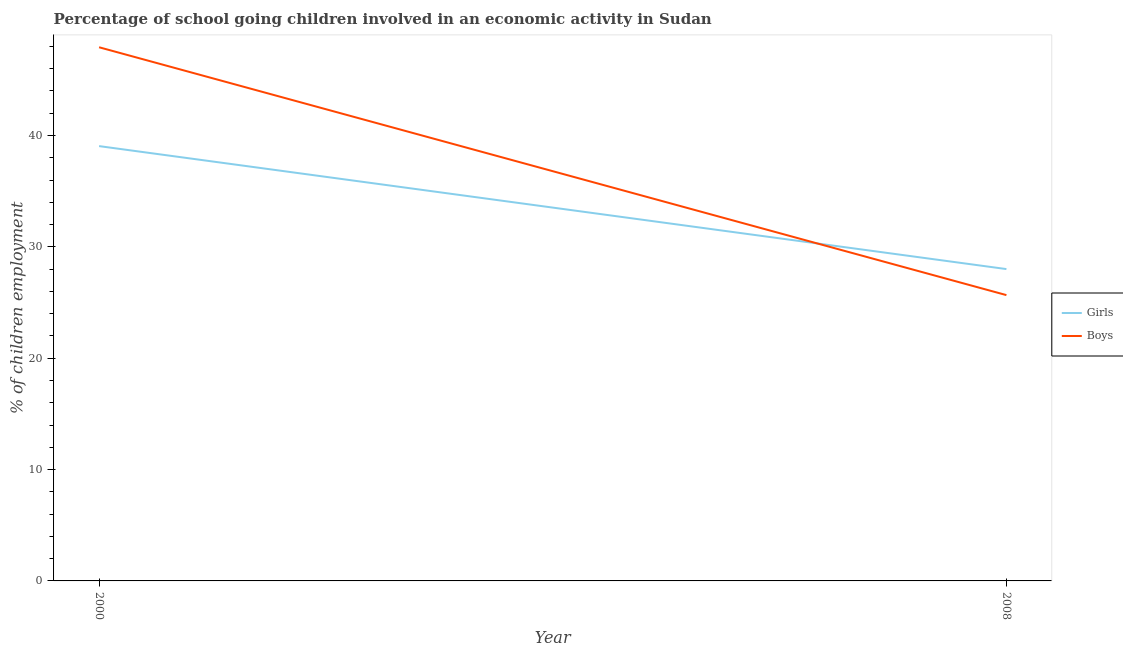
| Year | Girls | Boys |
 | --- | --- | --- |
 | 2000 | 39 | 47.9 |
 | 2008 | 28 | 25.7 |